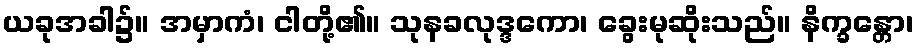
ယခုအခါ၌။ အမှာကံ၊ ငါတို့၏။ သုနခလုဒ္ဒကော၊ ခွေးမုဆိုးသည်။ နိက္ခန္တော၊